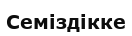
Семіздікке